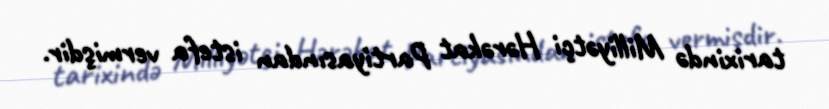
tarixində Milliyətçi Hərəkat Partiyasından istefa vermişdir.